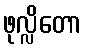
ဖုလ္လိတော